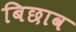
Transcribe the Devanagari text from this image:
बिछाव